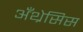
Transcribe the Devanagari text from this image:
अँथ्रेसिस